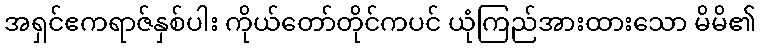
အရှင်ဧကရာဇ်နှစ်ပါး ကိုယ်တော်တိုင်ကပင် ယုံကြည်အားထားသော မိမိ၏